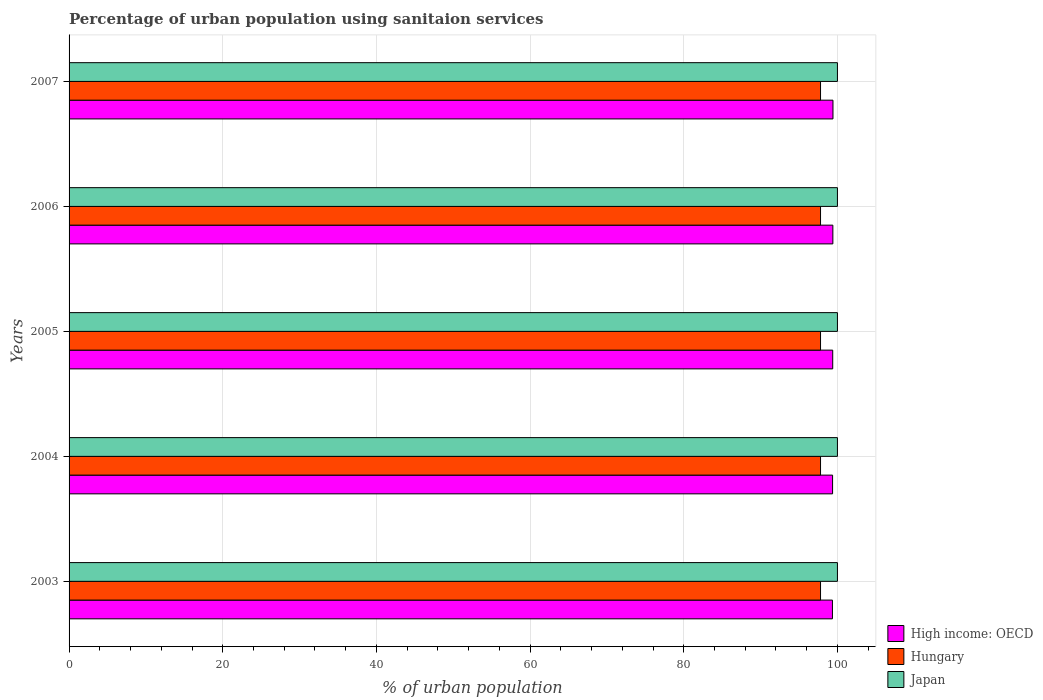
| Years | High income: OECD | Hungary | Japan |
 | --- | --- | --- | --- |
 | 2003 | 99.3 | 97.8 | 100 |
 | 2004 | 99.4 | 97.8 | 100 |
 | 2005 | 99.4 | 97.8 | 100 |
 | 2006 | 99.4 | 97.8 | 100 |
 | 2007 | 99.4 | 97.8 | 100 |